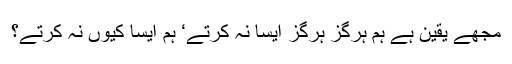
مجھے یقین ہے ہم ہرگز ہرگز ایسا نہ کرتے‘ ہم ایسا کیوں نہ کرتے؟